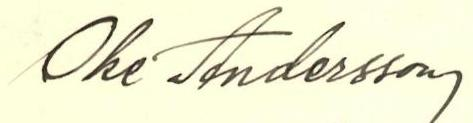
Oke Andersson